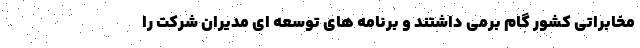
مخابراتی کشور گام برمی داشتند و برنامه های توسعه ای مدیران شرکت را